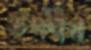
উদ্গীথ